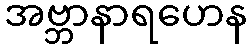
အဗ္ဘာနာရဟေန